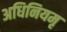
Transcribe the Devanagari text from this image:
अधिनियमृ